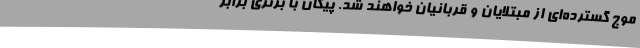
موج گسترده‌ای از مبتلایان و قربانیان خواهند شد. پیکان با برتری برابر